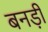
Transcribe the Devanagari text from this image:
बनड़ी